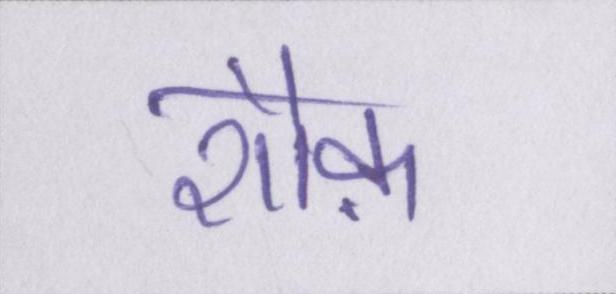
शौक़